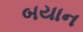
બયાન